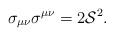
LaTeX: \begin{align*}\sigma_{\mu\nu}\sigma^{\mu\nu}=2{\cal S}^2. \end{align*}